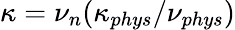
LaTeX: \kappa=\nu_{n}(\kappa_{phys}/\nu_{phys})